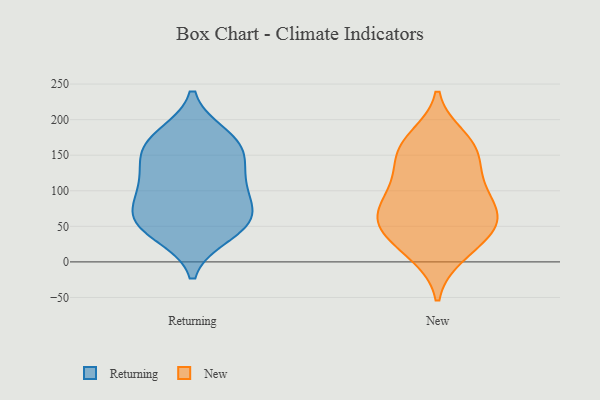
{"axis": {"x": "Latency (ms)", "y": "Value"}, "legend": ["New", "Returning"], "data": [{"x": "", "y": 63, "type": "Returning"}, {"x": "", "y": 162, "type": "Returning"}, {"x": "", "y": 165, "type": "Returning"}, {"x": "", "y": 109, "type": "Returning"}, {"x": "", "y": 153, "type": "Returning"}, {"x": "", "y": 176, "type": "Returning"}, {"x": "", "y": 104, "type": "Returning"}, {"x": "", "y": 55, "type": "Returning"}, {"x": "", "y": 55, "type": "Returning"}, {"x": "", "y": 40, "type": "Returning"}, {"x": "", "y": 69, "type": "Returning"}, {"x": "", "y": 118, "type": "Returning"}, {"x": "", "y": 63, "type": "New"}, {"x": "", "y": 139, "type": "New"}, {"x": "", "y": 103, "type": "New"}, {"x": "", "y": 67, "type": "New"}, {"x": "", "y": 101, "type": "New"}, {"x": "", "y": 40, "type": "New"}, {"x": "", "y": 14, "type": "New"}, {"x": "", "y": 75, "type": "New"}, {"x": "", "y": 150, "type": "New"}, {"x": "", "y": 110, "type": "New"}, {"x": "", "y": 162, "type": "New"}, {"x": "", "y": 10, "type": "New"}, {"x": "", "y": 43, "type": "New"}, {"x": "", "y": 55, "type": "New"}, {"x": "", "y": 166, "type": "New"}, {"x": "", "y": 57, "type": "New"}, {"x": "", "y": 175, "type": "New"}]}